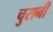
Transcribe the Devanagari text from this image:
चुरानी